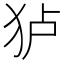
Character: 𰡄